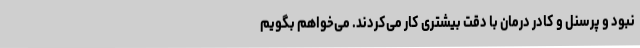
نبود و پرسنل و کادر درمان با دقت بیشتری کار می‌کردند. می‌خواهم بگویم